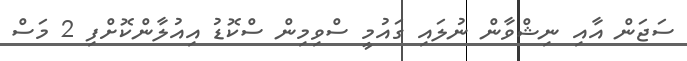
ސަޖަން އާއި ނިޝްވާން ނުލައި ގައުމީ ސްވިމިން ސްކޮޑު އިއުލާންކޮށްފި 2 މަސް